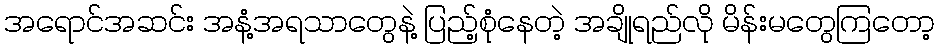
အရောင်အဆင်း အနံ့အရသာတွေနဲ့ ပြည့်စုံနေတဲ့ အချိုရည်လို မိန်းမတွေကြတော့